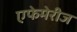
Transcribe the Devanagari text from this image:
एफेमेरीज